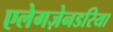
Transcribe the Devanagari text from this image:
एलेगज़ेनडरिया